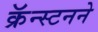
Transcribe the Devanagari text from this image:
क्रॅन्स्टनने